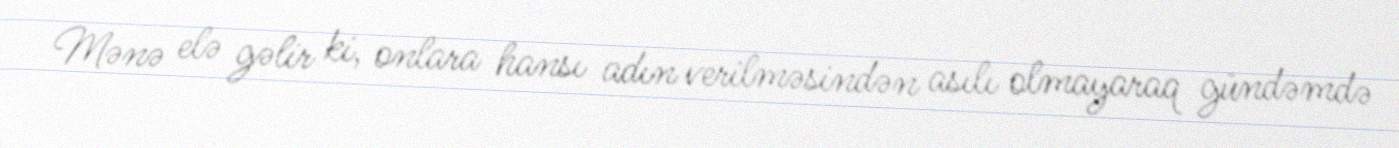
Mənə elə gəlir ki, onlara hansı adın verilməsindən asılı olmayaraq gündəmdə